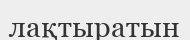
лақтыратын